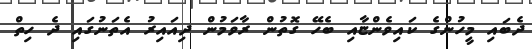
ދެބައި މީހުންގެ ކައިވެންޏާއި ބެހޭ ގޮތުން ރާވަމުން ދިއައިރު އެތަނުގައި ދެ ހިތް